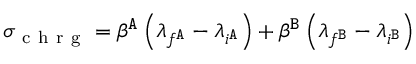
\sigma _ { \mathrm { ~ c ~ h ~ r ~ g ~ } } = \beta ^ { \tt A } \left( \lambda _ { f ^ { \tt A } } - \lambda _ { i ^ { \tt A } } \right) + \beta ^ { \tt B } \left( \lambda _ { f ^ { \tt B } } - \lambda _ { i ^ { \tt B } } \right)